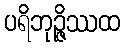
ပရိဘုဉ္ဇိဿထ